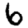
Digit: 6